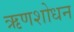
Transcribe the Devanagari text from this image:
ऋणशोधन